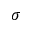
\boldsymbol { \sigma }